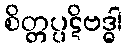
စိတ္တပ္ပဋိဗဒ္ဓါ